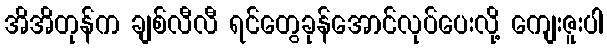
အိအိတုန်က ချစ်လီလီ ရင်တွေခုန်အောင်လုပ်ပေးလို့ ကျေးဇူးပါ